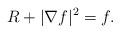
LaTeX: \begin{align*} R+|\nabla f|^2=f.\end{align*}